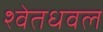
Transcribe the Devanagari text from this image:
श्वेतधवल